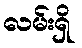
လမ်းရှိ